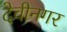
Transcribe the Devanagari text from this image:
देवीनगर